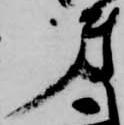
第